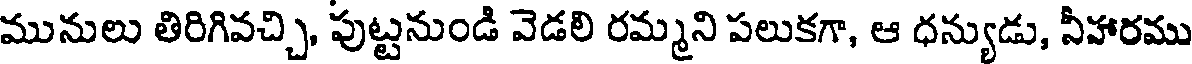
మునులు తిరిగివచ్చి, పుట్టనుండి వెడలి రమ్మని పలుకగా, ఆ ధన్యుడు, నీహారము